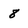
Character: 8